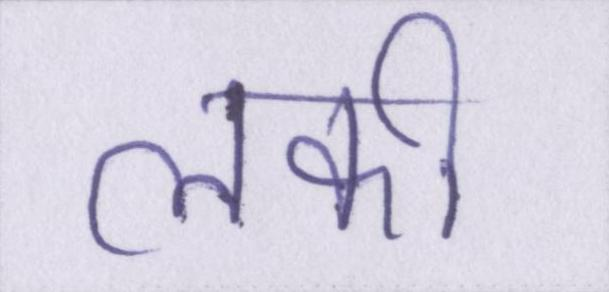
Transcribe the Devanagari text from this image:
लकी